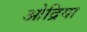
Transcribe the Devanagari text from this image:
ओद्रिया